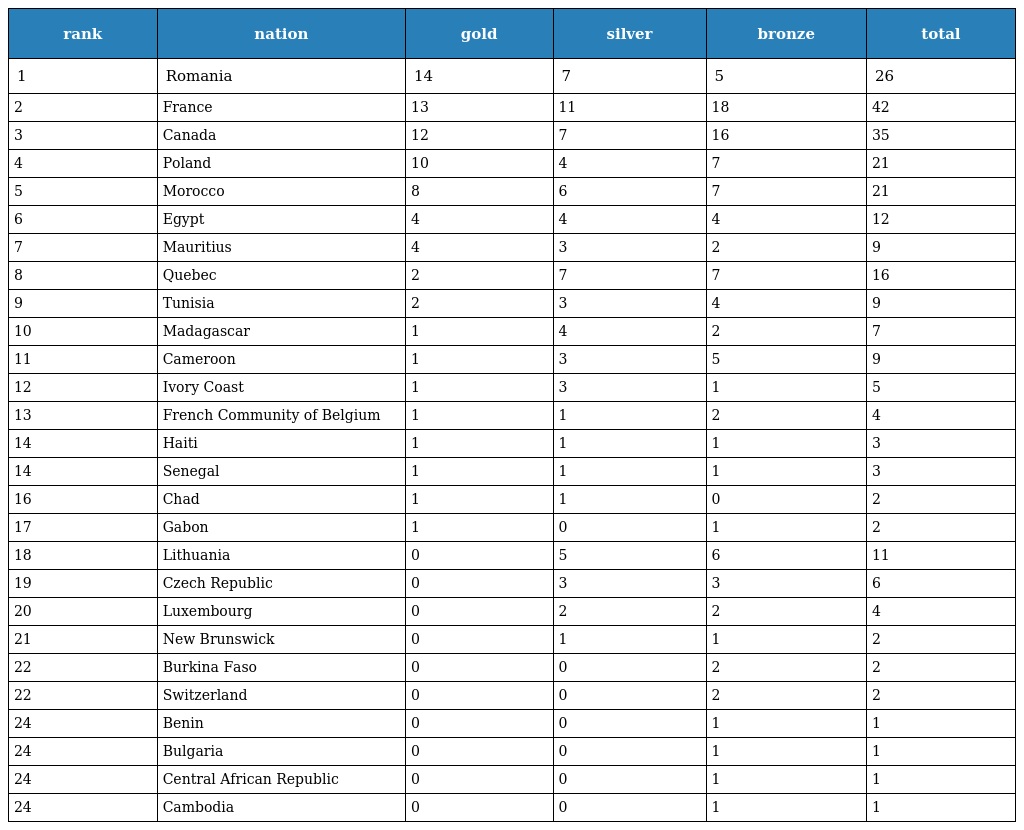
| rank | nation | gold | silver | bronze | total |
 | --- | --- | --- | --- | --- | --- |
 | 1 | Romania | 14 | 7 | 5 | 26 |
 | 2 | France | 13 | 11 | 18 | 42 |
 | 3 | Canada | 12 | 7 | 16 | 35 |
 | 4 | Poland | 10 | 4 | 7 | 21 |
 | 5 | Morocco | 8 | 6 | 7 | 21 |
 | 6 | Egypt | 4 | 4 | 4 | 12 |
 | 7 | Mauritius | 4 | 3 | 2 | 9 |
 | 8 | Quebec | 2 | 7 | 7 | 16 |
 | 9 | Tunisia | 2 | 3 | 4 | 9 |
 | 10 | Madagascar | 1 | 4 | 2 | 7 |
 | 11 | Cameroon | 1 | 3 | 5 | 9 |
 | 12 | Ivory Coast | 1 | 3 | 1 | 5 |
 | 13 | French Community of Belgium | 1 | 1 | 2 | 4 |
 | 14 | Haiti | 1 | 1 | 1 | 3 |
 | 14 | Senegal | 1 | 1 | 1 | 3 |
 | 16 | Chad | 1 | 1 | 0 | 2 |
 | 17 | Gabon | 1 | 0 | 1 | 2 |
 | 18 | Lithuania | 0 | 5 | 6 | 11 |
 | 19 | Czech Republic | 0 | 3 | 3 | 6 |
 | 20 | Luxembourg | 0 | 2 | 2 | 4 |
 | 21 | New Brunswick | 0 | 1 | 1 | 2 |
 | 22 | Burkina Faso | 0 | 0 | 2 | 2 |
 | 22 | Switzerland | 0 | 0 | 2 | 2 |
 | 24 | Benin | 0 | 0 | 1 | 1 |
 | 24 | Bulgaria | 0 | 0 | 1 | 1 |
 | 24 | Central African Republic | 0 | 0 | 1 | 1 |
 | 24 | Cambodia | 0 | 0 | 1 | 1 |